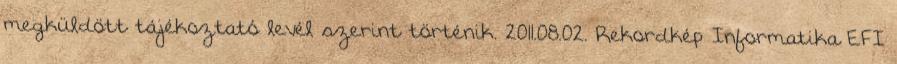
megküldött tájékoztató levél szerint történik. 2011.08.02. Rekordkép Informatika EFI